Vaccination Hyderabad 1890-1903 - 1890-1903
Year: 1890
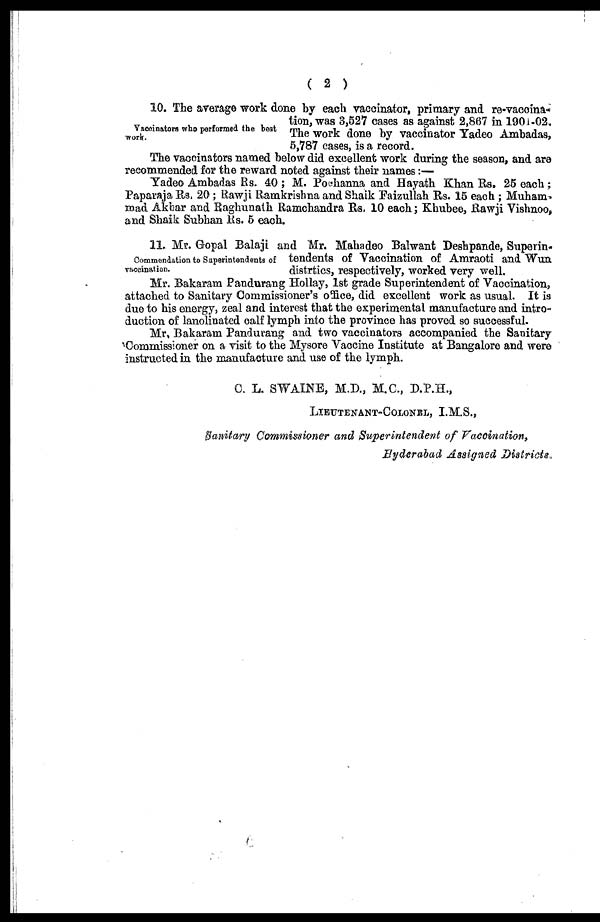
( 2 )
Vaccinators who performed the best
work.
10. The average work done by each vaccinator, primary and re-vaccina¬
tion, was 3,527 cases as against 2,867 in 1901-02.
The work done by vaccinator Yadeo Ambadas,
5,787 cases, is a record.
The vaccinators named below did excellent work during the season, and are
recommended for the reward noted against their names :—
Yadeo Ambadas Rs. 40 ; M. Pochanna and Hayath Khan Rs. 25 each;
Paparaja Rs. 20; Rawji Ramkrishna and Shaik Faizullah Rs. 15 each ; Muham¬
mad Akbar and Raghunath Ramchandra Rs. 10 each; Khubee, Rawji Vishnoo,
and Shaik Subhan Rs. 5 each.
Commendation to Superintendents of
vaccination.
11. Mr. Gopal Balaji and Mr. Mahadeo Balwant Deshpande, Superin-
tendents of Vaccination of Amraoti and Wun
distrtics, respectively, worked very well.
Mr. Bakaram Pandurang Hollay, 1st grade Superintendent of Vaccination,
attached to Sanitary Commissioner's office, did excellent work as usual. It is
due to his energy, zeal and interest that the experimental manufacture and intro-
duction of lanolinated calf lymph into the province has proved so successful.
Mr. Bakaram Pandurang and two vaccinators accompanied the Sanitary
Commissioner on a visit to the Mysore Vaccine Institute at Bangalore and were
instructed in the manufacture and use of the lymph.
C. L. SWAINE, M.D., M.C., D.P.H.,
LIEUTENANT-COLONEL, I.M.S.,
Santiary Commissioner and Superintendent of Vaccination,
Hyderabad Assigned Districts.